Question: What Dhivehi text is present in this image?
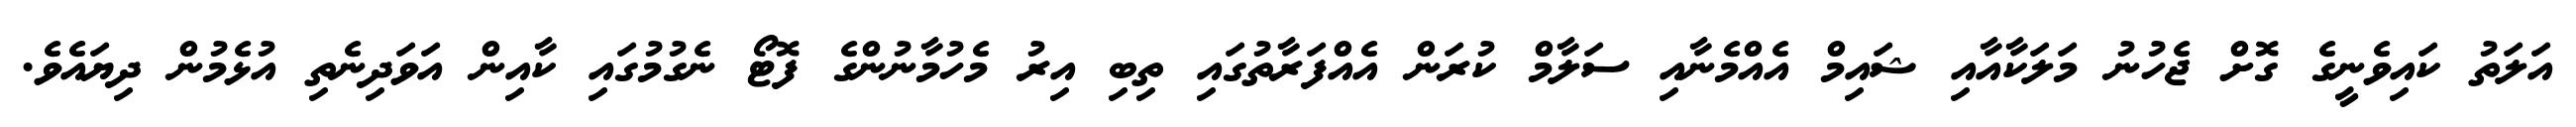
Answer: އަލަތު ކައިވެނީގެ ގޮށް ޖެހުނު މަލަކާއާއި ޝައިމް އެއްމެނާއި ސަލާމް ކުރަން އެއްފަރާތުގައި ތިބި އިރު މެހުމާނުންގެ ފޮޓޯ ނެގުމުގައި ކާއިން އަވަދިނެތި އުޅެމުން ދިޔައެވެ.